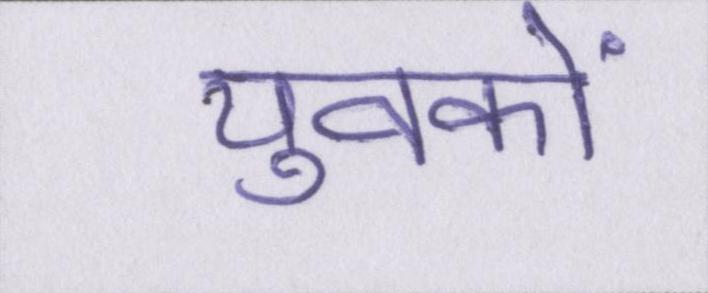
युवकों